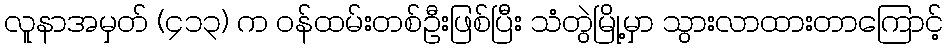
လူနာအမှတ် (၄၁၃) က ဝန်ထမ်းတစ်ဦးဖြစ်ပြီး သံတွဲမြို့မှာ သွားလာထားတာကြောင့်